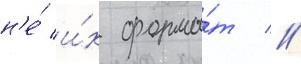
н'е́ и́х форма́т //